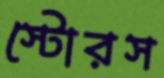
স্টোরস